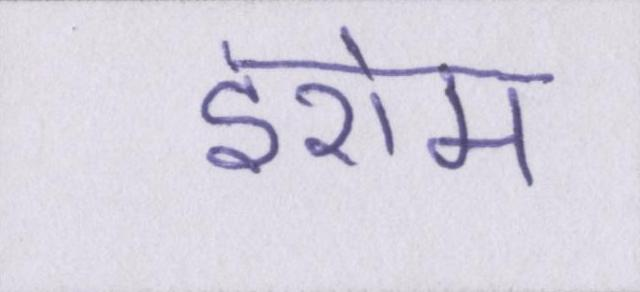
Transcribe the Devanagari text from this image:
इरोम